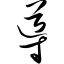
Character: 导